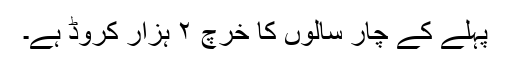
پہلے کے چار سالوں کا خرچ ۲ ہزار کروڈ ہے۔